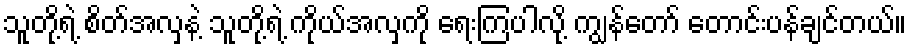
သူတို့ရဲ့ စိတ်အလှနဲ့ သူတို့ရဲ့ ကိုယ်အလှကို ရေးကြပါလို့ ကျွန်တော် တောင်းပန်ချင်တယ်။